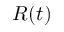
R ( t )